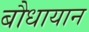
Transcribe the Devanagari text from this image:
बौधायान